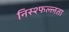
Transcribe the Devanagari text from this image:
निस्श्फल्लता